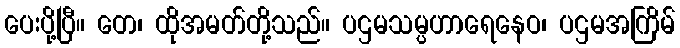
ပေးပို့ပြီ။ တေ၊ ထိုအမတ်တို့သည်။ ပဌမသမ္ပဟာရေနေဝ၊ ပဌမအကြိမ်